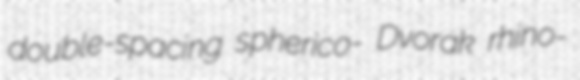
double-spacing spherico- Dvorak rhino-